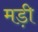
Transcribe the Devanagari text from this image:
मड़ी